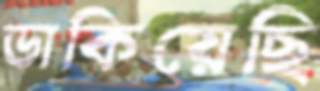
ডাকিয়েছি